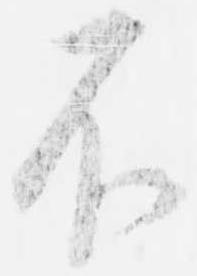
不